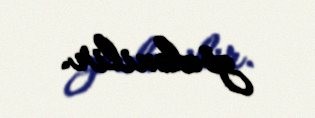
gözlənilir.